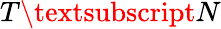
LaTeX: T\textsubscript{N}